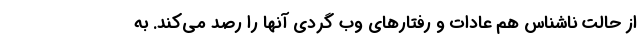
از حالت ناشناس هم عادات و رفتار‌‌های وب گردی آنها را رصد می‌کند. به